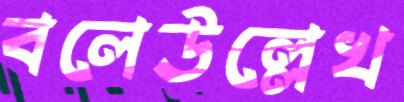
বলেউল্লেখ